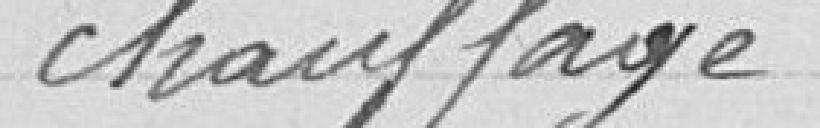
chauffage.